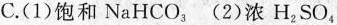
C.(1)饱和NaHCO_{3} (2)浓H_{2}SO_{4}